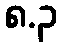
၈.၃